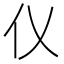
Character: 𪜧